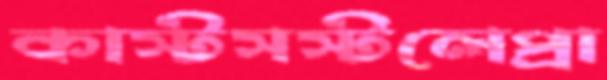
কাস্টসস্টলেপ্রা